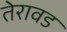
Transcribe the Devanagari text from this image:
तेरावड